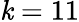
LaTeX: \mathit{k}=11